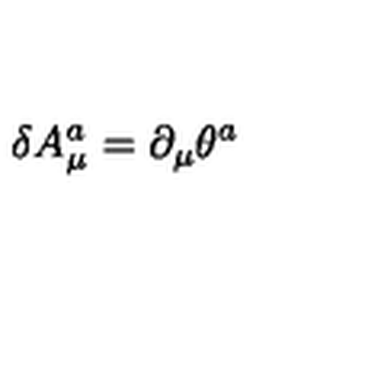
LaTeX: \delta A _ { \mu } ^ { a } = \partial _ { \mu } \theta ^ { a }